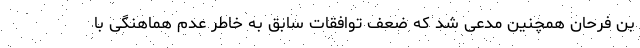
بن فرحان همچنین مدعی شد که ضعف توافقات سابق به خاطر عدم هماهنگی با